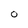
Character: O